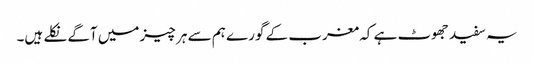
یہ سفید جھوٹ ہے کہ مغرب کے گورے ہم سے ہر چیز میں آگے نکلے ہیں۔